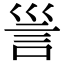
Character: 𧥥